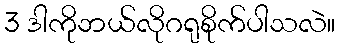
3 ဒါကိုဘယ်လိုဂရုစိုက်ပါသလဲ။